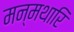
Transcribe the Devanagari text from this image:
मन्मथारि